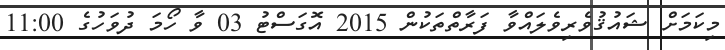
މިކަމަށް ޝައުޤުވެރިވެލައްވާ ފަރާތްތަކުން 2015 އޮގަސްޓު 03 ވާ ހޯމަ ދުވަހުގެ 11:00